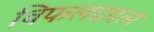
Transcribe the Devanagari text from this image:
विफलप्रयत्न